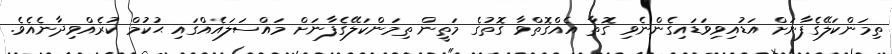
ތިމަންކަލޭގެފާނަށް އަޑުއިވިވަޑައިގެންނެވި ގޮތާ އެއްގޮތްވާ ގޮތުގެ މަތީން ތިމަންކަލޭގެފާނަށް މައްސަލައެއްގައި ޙުކުމް ކުރެއްވިދާނެއެވެ.